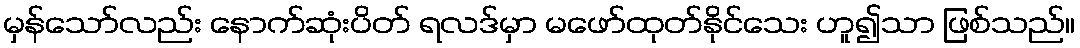
မှန်သော်လည်း နောက်ဆုံးပိတ် ရလဒ်မှာ မဖော်ထုတ်နိုင်သေး ဟူ၍သာ ဖြစ်သည်။